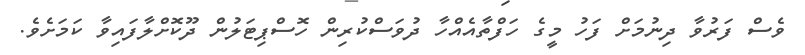
ވެސް ފަރުވާ ދިނުމަށް ފަހު މީގެ ހަފްތާއެއްހާ ދުވަސްކުރިން ހޮސްޕިޓަލުން ދޫކޮށްލާފައިވާ ކަމަށެވެ.